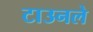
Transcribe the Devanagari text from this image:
टाउनले